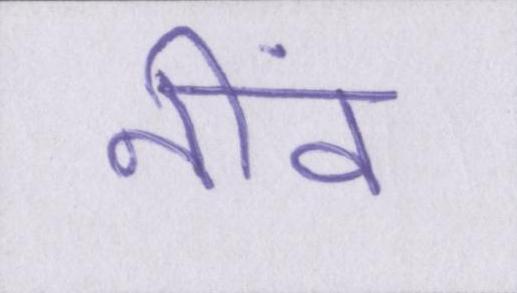
नींव